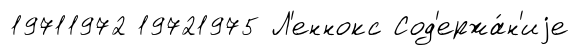
19711972 19721975 Л'еннокс Сод'ержа́н'иjе